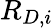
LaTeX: R_{D,i}